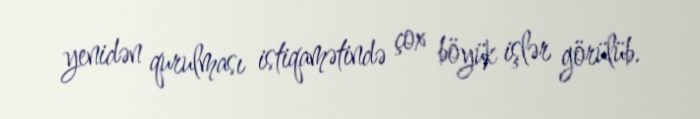
yenidən qurulması istiqamətində çox böyük işlər görülüb.